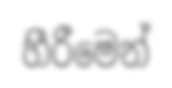
හීරීමෙන්